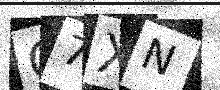
Text: Q7XN